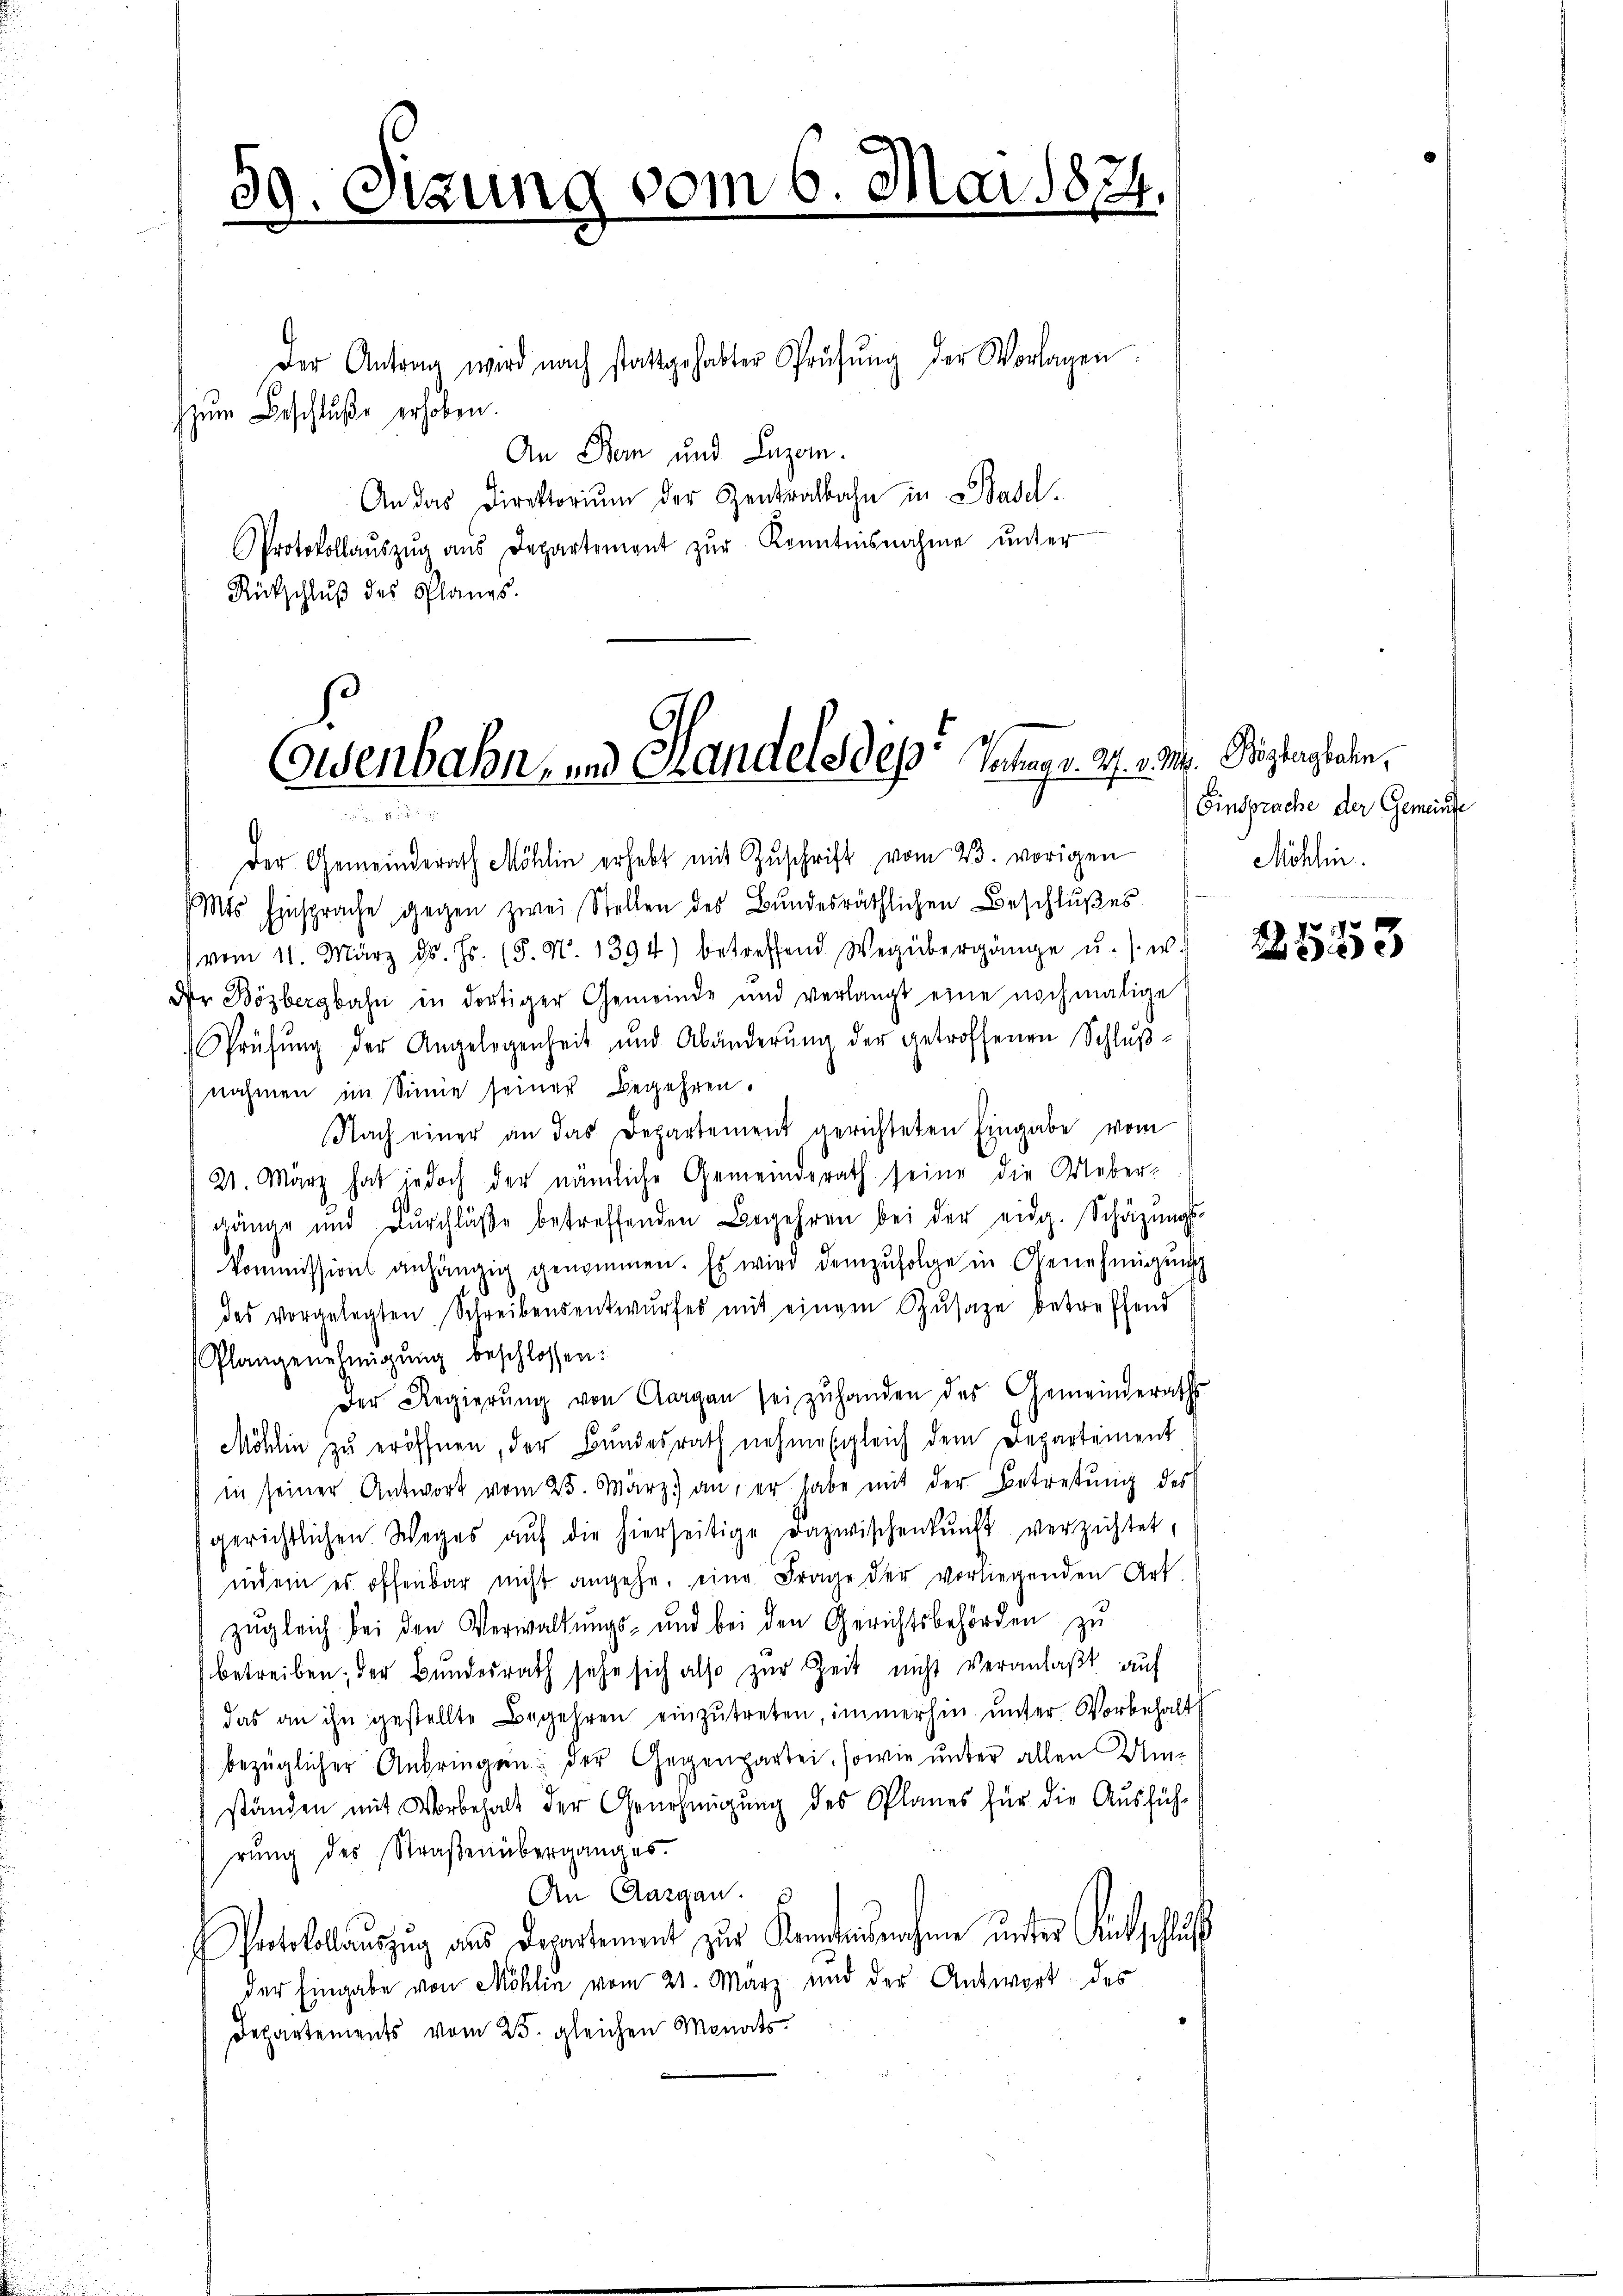
59. Sizung vom 6. Mai 1874.

Der Antrag wird nach stattgehabter Prüfŭng der Vorlagen.
zum Beschluße erhoben.
An Ban und Luzern.
An das Direktoriŭm der Zentralbahn in Basel-
Protokollaŭszŭg aŭs Departement zŭr Kenntnisnahme unter
Rückschluß des Planes.

Eisenbahn- und Handels des Integr. 27. v. M. Pestandeln,

Der Gemeinderath Möhlin erhebt mit Zŭschrift vom 23. vorigen
(Mts Einsprache gegen zwei Stellen des Bundesräthlichen Beschlußes
vom 11. März d. Js. (§. N. 1394) betreffend Wegübergänge u. s. w.
der Bözbergbahn in dortiger Gemeinde und verlangt eine nochmalige
Prüfŭng der Angelegenheit und Abänderŭng der getroffenen Schlŭβ-
nahmen im Sinne seiner Begehren.
Nach einer an das Departement gerichteten Eingabe vom
21. März hat jedoch der nämliche Gemeinderath seine die Ueber-
gänge und Durchläβe betreffenden Begehren bei der eidg. Schäzŭngs-
kommissions anhängig genommen. Es wird demzufolge in Genehmigung
des vorgelegten Schreibensentwŭrfes mit einem Zusage betreffend
Plangenehmigŭng beschlossen:
Der Regierŭng von Aargau sei zŭ handen des Gemeinderaths
Möhlin zŭ eröffnen, der Bundesrath nehmesgleich dem Departement
in seiner Antwort vom 25. März) an, er habe mit der Betretung des
gerichtlichen Weges aŭf die hierseitige Dazwischenkunft verzichtet,
indem es offenbar nicht angehe, eine Frage der vorliegenden Art
zŭgleich bei den Verwaltŭngs- und bei den Gerichtsbehörden zu
betreiben, der Bundesrath sehe sich also zur Zeit nicht veranlaßt auf
das an ihn gestellte Begehren einzŭtreten, immerhin ŭnter Vorbehalt
bezüglicher Anbringen der Gegenpartei, sowie unter allen Umständen mit Vorbehalt der Genehmigung des Planes für die Ausfüh-
rung des Straßenüberganges.
An Aargau.
Protokollauszug aus Departement zur Kenntnisnahme unter Rückschluss
der Eingabe von Möhlin vom 21. März und der Antwort des
Departements vom 25. gleichen Monats
s

Einsprache der Gemeinde
Möhlin.

x
)